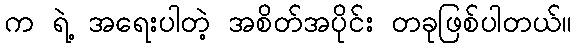
က ရဲ့ အရေးပါတဲ့ အစိတ်အပိုင်း တခုဖြစ်ပါတယ်။